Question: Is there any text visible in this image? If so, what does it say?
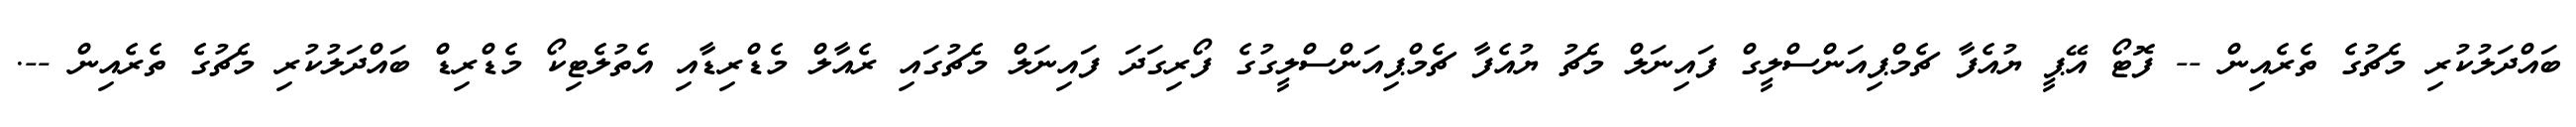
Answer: ބައްދަލުކުރި މެޗުގެ ތެރެއިން -- ފޮޓޯ އޭޕީ ޔުއެފާ ޗެމްޕިއަންސްލީގް ފައިނަލް މެޗު ޔުއެފާ ޗެމްޕިއަންސްލީގުގެ ފޯރިގަދަ ފައިނަލް މެޗުގައި ރެއާލް މެޑްރިޑާއި އެތުލެޓިކޯ މެޑްރިޑް ބައްދަލުކުރި މެޗުގެ ތެރެއިން --.